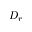
D _ { r }